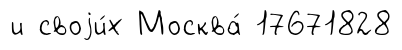
и своjи́х Москва́ 17671828